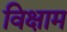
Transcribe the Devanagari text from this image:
विक्षाम